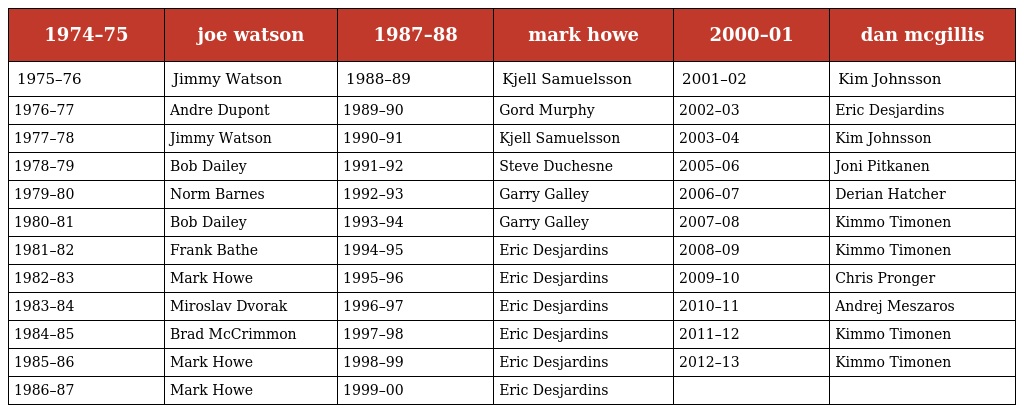
| 1974–75 | joe watson | 1987–88 | mark howe | 2000–01 | dan mcgillis |
 | --- | --- | --- | --- | --- | --- |
 | 1975–76 | Jimmy Watson | 1988–89 | Kjell Samuelsson | 2001–02 | Kim Johnsson |
 | 1976–77 | Andre Dupont | 1989–90 | Gord Murphy | 2002–03 | Eric Desjardins |
 | 1977–78 | Jimmy Watson | 1990–91 | Kjell Samuelsson | 2003–04 | Kim Johnsson |
 | 1978–79 | Bob Dailey | 1991–92 | Steve Duchesne | 2005–06 | Joni Pitkanen |
 | 1979–80 | Norm Barnes | 1992–93 | Garry Galley | 2006–07 | Derian Hatcher |
 | 1980–81 | Bob Dailey | 1993–94 | Garry Galley | 2007–08 | Kimmo Timonen |
 | 1981–82 | Frank Bathe | 1994–95 | Eric Desjardins | 2008–09 | Kimmo Timonen |
 | 1982–83 | Mark Howe | 1995–96 | Eric Desjardins | 2009–10 | Chris Pronger |
 | 1983–84 | Miroslav Dvorak | 1996–97 | Eric Desjardins | 2010–11 | Andrej Meszaros |
 | 1984–85 | Brad McCrimmon | 1997–98 | Eric Desjardins | 2011–12 | Kimmo Timonen |
 | 1985–86 | Mark Howe | 1998–99 | Eric Desjardins | 2012–13 | Kimmo Timonen |
 | 1986–87 | Mark Howe | 1999–00 | Eric Desjardins |  |  |